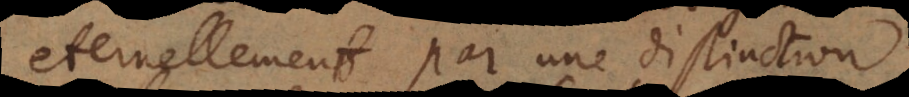
eternellement par une distinction